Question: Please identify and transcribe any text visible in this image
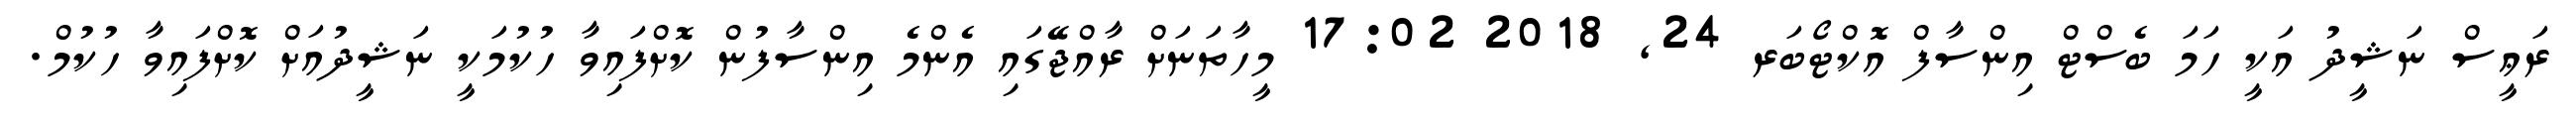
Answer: ރަޢީސް ނަޝީދު އަކީ ހަމަ ބެސްޓް އިންސާފް އޮކްޓޯބަރ 24, 2018 17:02 މީހާތަނަށް ރާއްޖޭގައި އެންމެ އިންސާފުން ކޮށްފައިވާ ހުކުމަކީ ނަޝީދުއަށް ކޮށްފައިވާ ހުކުމް.